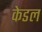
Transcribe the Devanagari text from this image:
केडल